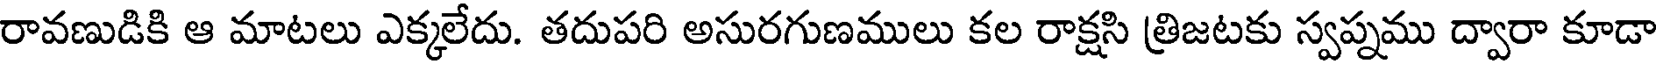
రావణుడికి ఆ మాటలు ఎక్కలేదు. తదుపరి అసురగుణములు కల రాక్షసి త్రిజటకు స్వప్నము ద్వారా కూడా